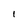
Character: 1